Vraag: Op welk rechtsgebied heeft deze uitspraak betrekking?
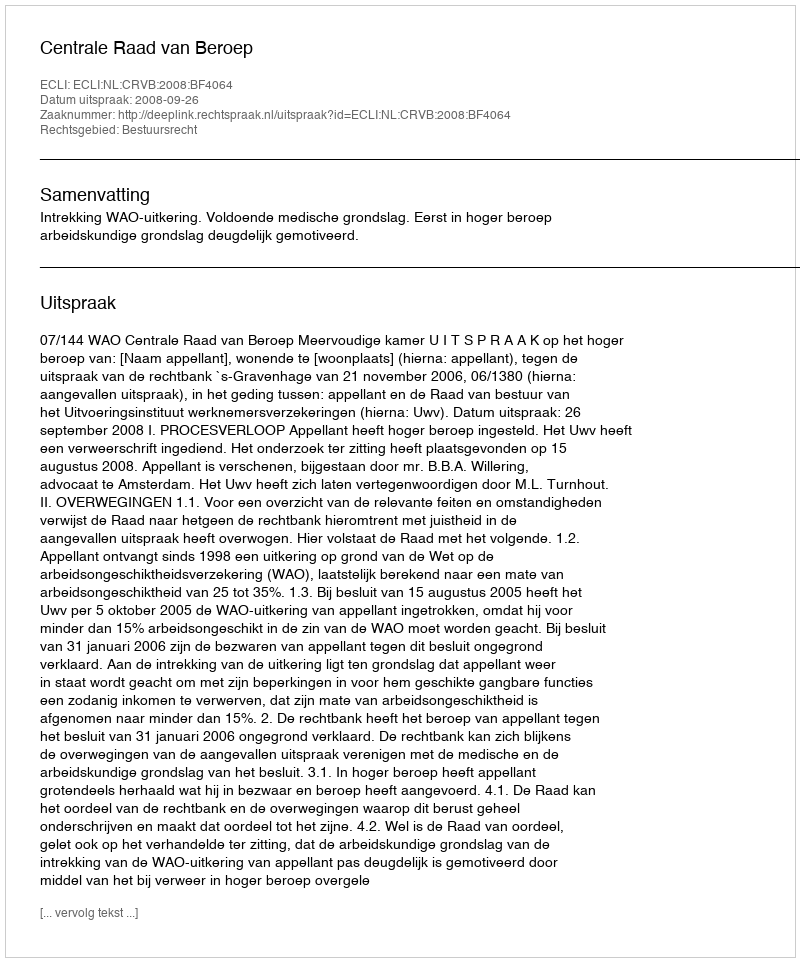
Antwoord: Bestuursrecht